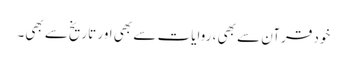
خود قرآن سے بھی ، روایات سے بھی اور تاریخ‌سے بھی۔